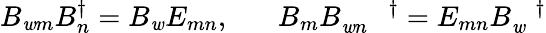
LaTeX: B_{\mathit{w}m}B_{n}^{\dagger}=B_{\mathit{w}}E_{mn},\; \; \; \; \; \; B_{m}B_{\mathit{w}n}^{\; \; \; \; \; \; \dagger}=E_{mn}B_{\mathit{w}}^{\; \; \; \dagger}